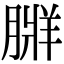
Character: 𦟃